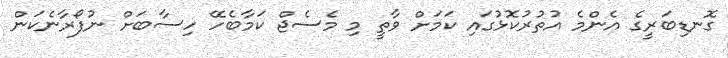
ގޮނޑިބަރީގެ އެންމެ އުތުރުކޮޅުގައި ކަމަށް ވާތީ މި މެސެޖް ކަމާބެހޭ ހިސާބަށް ނުފޯރާނެކަން